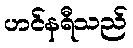
ဟင်နရီသည်